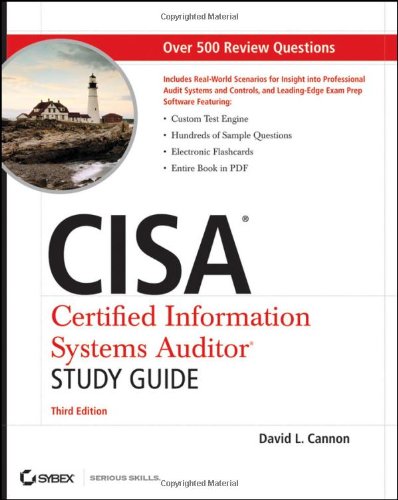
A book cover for CISA Certified Information Systems Auditor Study Guide; David L. Cannon; Computers & Technology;